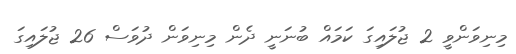
މިނިވަންވީ 2 ޖުލައިގަ ކަމައް ބުނަނީ ދެން މިނިވަން ދުވަސް 26 ޖުލައިގަ